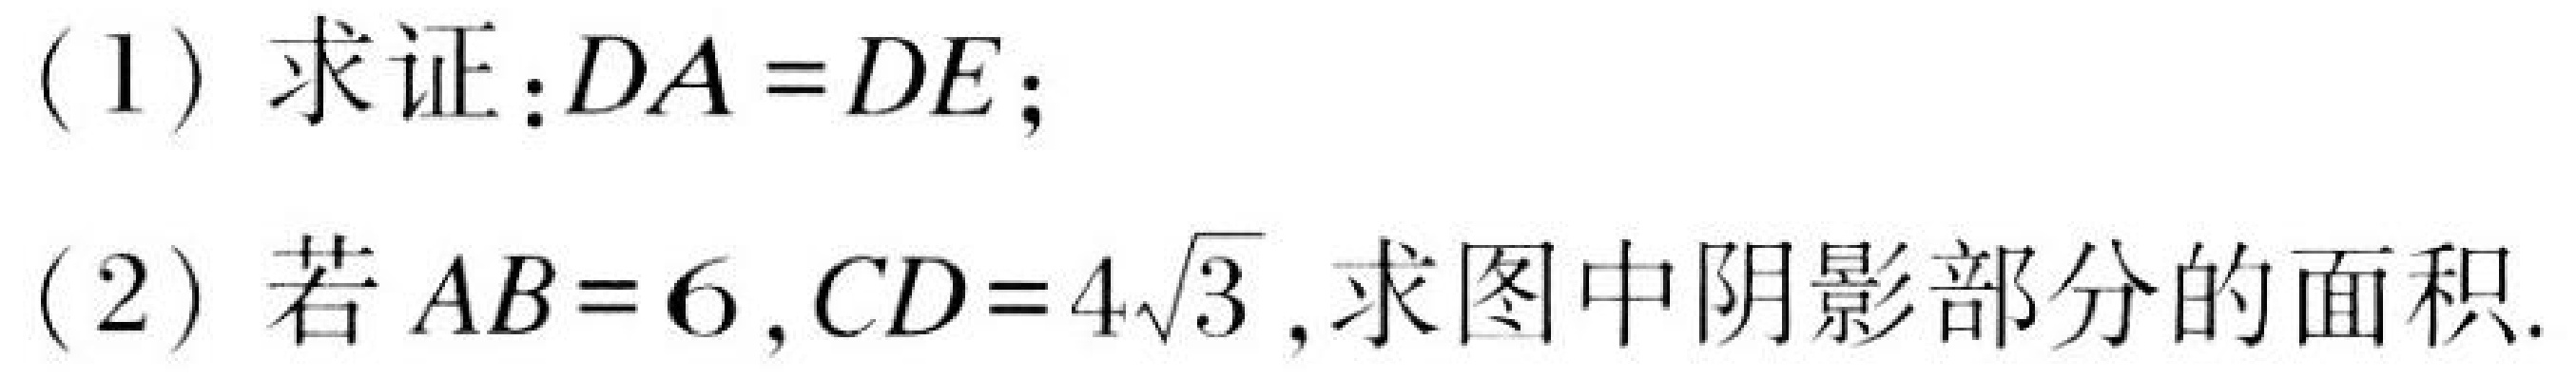
(1) 求证：\(DA = DE\)；
(2) 若 \(AB = 6\)，\(CD = 4\sqrt{3}\)，求图中阴影部分的面积.